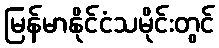
မြန်မာနိုင်ငံသမိုင်းတွင်